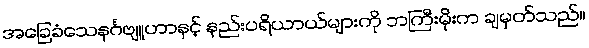
အခြေခံသေနင်္ဂဗျူဟာနှင့် နည်းပရိယာယ်များကို ဘကြီးမိုးက ချမှတ်သည်။